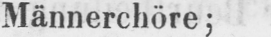
Männerchöre;